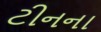
ટીનના